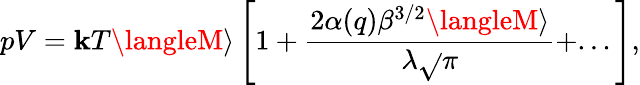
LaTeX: pV=\mathbf{k}T\langleM\rangle\left[1+\frac{{2\alpha(q)\beta^{3/2}\langleM\rangle}}{{\lambda\sqrt{}{{\pi}}}}+...\right],